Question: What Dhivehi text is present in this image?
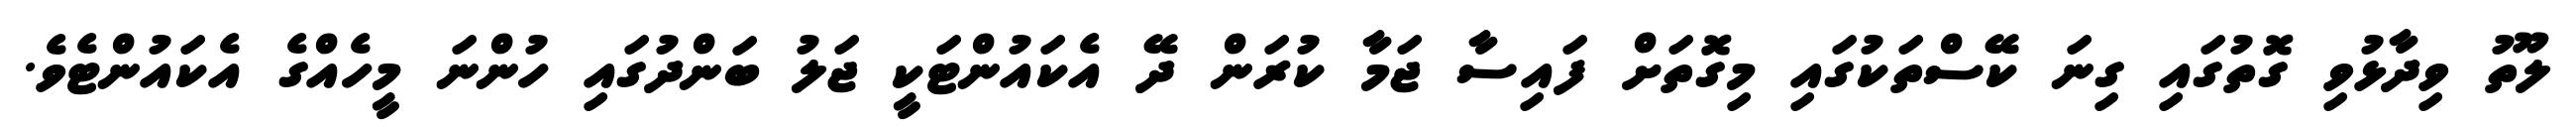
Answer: ލޫތު ވިދާޅުވި ގޮތުގައި ގިނަ ކޭސްތަކުގައި މިގޮތަށް ފައިސާ ޖަމާ ކުރަން ދޭ އެކައުންޓަކީ ޖަލު ބަންދުގައި ހުންނަ މީހެއްގެ އެކައުންޓެވެ.